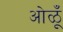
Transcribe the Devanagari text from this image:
ओळूँ